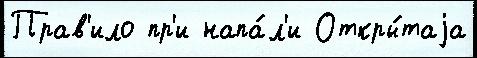
Прав'ило пр'и напа́л'и Откры́таjа